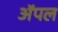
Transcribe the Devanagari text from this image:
अॅपल